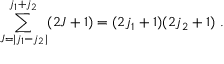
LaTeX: \sum _ { J = | j _ { 1 } - j _ { 2 } | } ^ { j _ { 1 } + j _ { 2 } } ( 2 J + 1 ) = ( 2 j _ { 1 } + 1 ) ( 2 j _ { 2 } + 1 ) ~ .